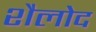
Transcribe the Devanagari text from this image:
शैलोद